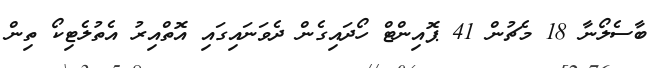
ބާސެލޯނާ 18 މެޗުން 41 ޕޮއިންޓް ހޯދައިގެން ދެވަނައިގައި އޮތްއިރު އެތުލެޓިކޯ ތިން